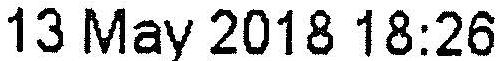
13 MAY 2018 18:26